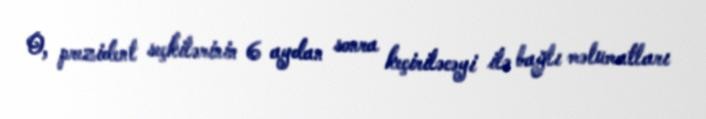
O, prezident seçkilərinin 6 aydan sonra keçiriləcəyi ilə bağlı məlumatları